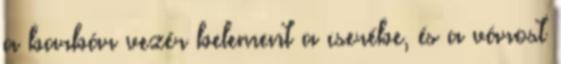
a barbár vezér belement a cserébe, és a várost